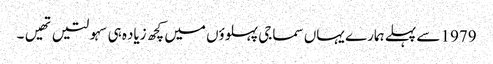
1979 سے پہلے ہمارے یہاں سماجی پہلوؤں میں کچھ زیاده ہی سہولتیں تهیں۔